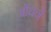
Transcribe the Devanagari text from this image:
ओंधने